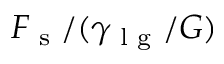
{ \cal F } _ { \textrm { s } } / ( \gamma _ { \textrm { l g } } / G )